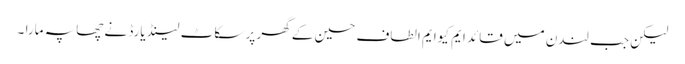
لیکن جب لندن میں قائد ایم کیوایم الطاف حسین کے گھر پر سکاٹ لینڈ یارڈ نے چھاپہ مارا ۔